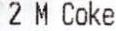
2 M COKE